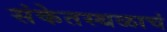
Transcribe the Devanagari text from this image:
संकेतस्थळाचं